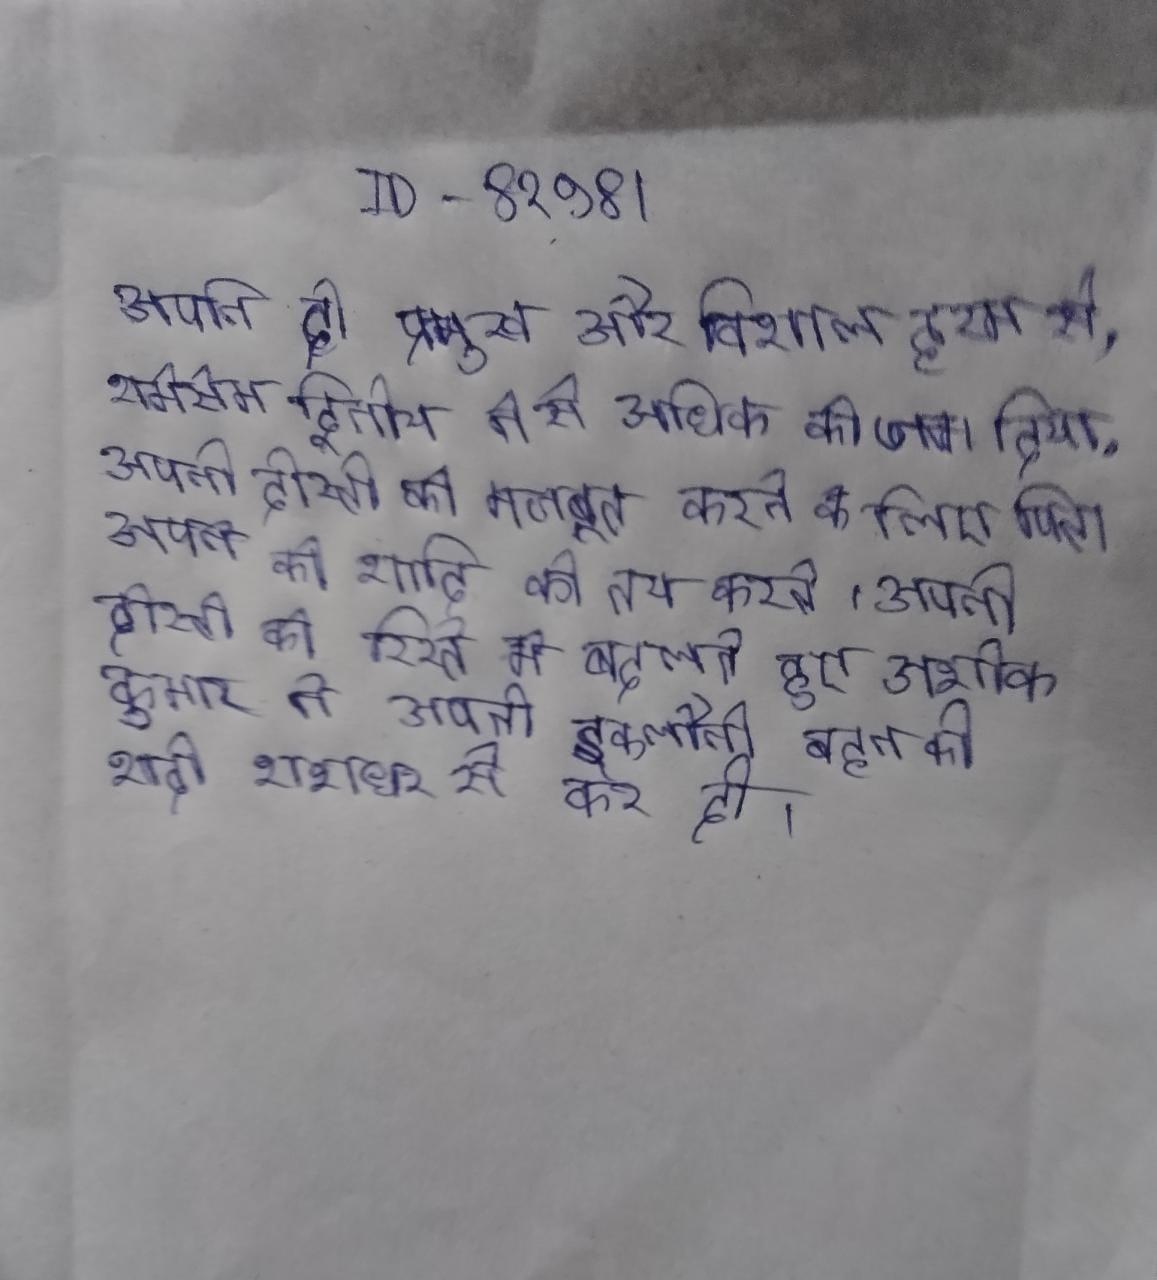
अपनी दो प्रमुख और विशाल हरम से, रामेसेस द्वितीय ने से अधिक को जन्म दिया . अपनी दोस्ती को मजबूत करने के लिए पिता अपने की शादी को तय करते । अपनी दोस्ती को रिश्ते मे बदलते हुए अशोक कुमार ने अपनी इकलौती बहन की शादी शशधर से कर दी ।